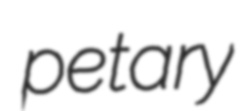
petary